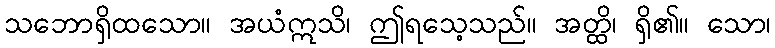
သဘောရှိထသော။ အယံဣသိ၊ ဤရသေ့သည်။ အတ္ထိ၊ ရှိ၏။ သော၊